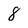
Character: 8